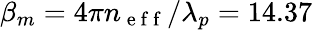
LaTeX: \beta_{m}=4\pi n_{\mathrm{~e~f~f~}}/\lambda_{p}=14.37